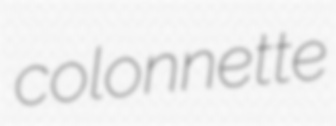
colonnette